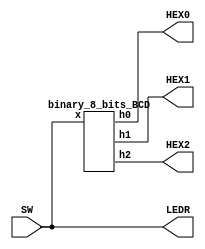
module binary_8_bits_BCD_board(
											input [7:0] SW,
											output [0:6] HEX0, HEX1, HEX2,
											output [7:0] LEDR);
											
		assign LEDR = SW;
		
		binary_8_bits_BCD ex1(SW[7:0], HEX0[0:6], HEX1[0:6], HEX2[0:6]);

endmodule

module binary_8_bits_BCD(
									input [7:0] x,
									output [0:6] h0, h1, h2);
		
		reg [3:0] s, d, j;
		
		always @ (*)
		begin
			j = x%10;
			d = ((x - x%10)%100)/10;
			s = (x - x%100)/100;
		end
		
		decoder_hex_10 ex2(s[3:0], h2[0:6]);
		decoder_hex_10 ex3(d[3:0], h1[0:6]);
		decoder_hex_10 ex4(j[3:0], h0[0:6]);

endmodule

module decoder_hex_10 (
								input [3:0] x,
								output reg [0:6] h);

		always @(*)
		casex(x)
			4'd0: h=7'b0000001;
			4'd1: h=7'b1001111;
			4'd2: h=7'b0010010;
			4'd3: h=7'b0000110;
			4'd4: h=7'b1001100;
			4'd5: h=7'b0100100;
			4'd6: h=7'b0100000;
			4'd7: h=7'b0001111;
			4'd8: h=7'b0000000;
			4'd9: h=7'b0000100;
			default: h=7'b1111111;
		endcase
								
endmodule